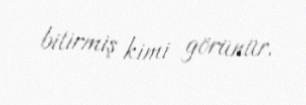
bitirmiş kimi görünür.